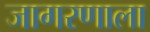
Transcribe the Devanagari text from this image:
जागरणाला